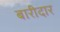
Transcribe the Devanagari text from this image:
बारीदार